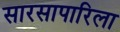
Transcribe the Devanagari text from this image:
सारसापारिला